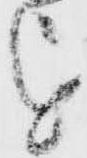
を